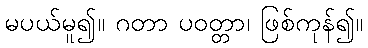
မပယ်မူ၍။ ဂတာ ပဝတ္တာ၊ ဖြစ်ကုန်၍။